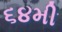
૬૪મી